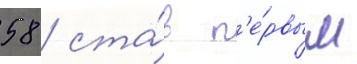
58 / ста́в п'е́рвым